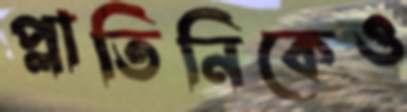
প্লাতিনিকেও